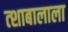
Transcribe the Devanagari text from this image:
त्शाबालाला